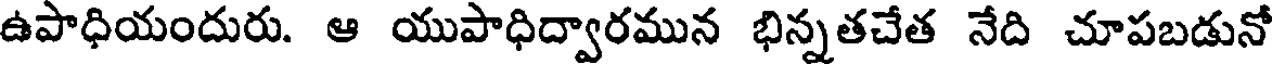
ఉపాధియందురు. ఆ యుపాధిద్వారమున భిన్నతచేత నేది చూపబడునో